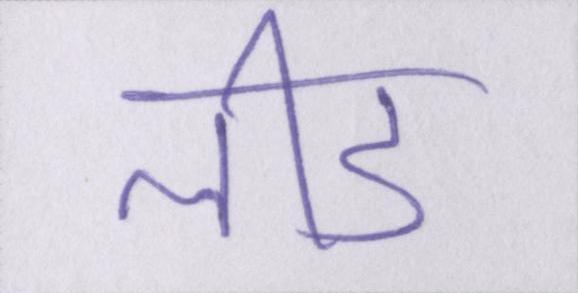
लीड